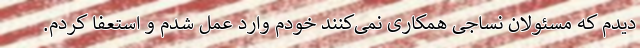
دیدم که مسئولان نساجی همکاری نمی‌کنند خودم وارد عمل شدم و استعفا کردم.